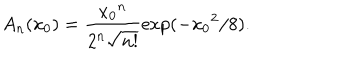
LaTeX: A _ { n } ( x _ { 0 } ) = \frac { { x _ { 0 } } ^ { n } } { 2 ^ { n } \sqrt { n ! } } \exp ( - { x _ { 0 } } ^ { 2 } / 8 ) .